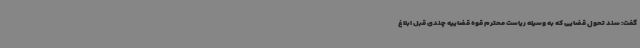
گفت: سند تحول قضایی که به وسیله ریاست محترم قوه قضاییه چندی قبل ابلاغ